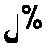
၂%